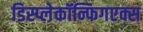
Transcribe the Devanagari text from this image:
डिस्प्लेकॉन्फिगएक्स